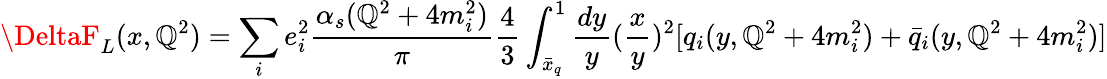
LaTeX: \DeltaF_{L}(x,\mathbb{Q}^{2})=\sum_{i}e_{i}^{2}\frac{{\alpha_{s}(\mathbb{Q}^{2}+4m_{i}^{2})}}{{\pi}}\frac{{4}}{{3}}\int_{\bar{{x}}_{q}}^{1}\frac{{dy}}{{y}}(\frac{{x}}{{y}})^{2}[q_{i}(y,\mathbb{Q}^{2}+4m_{i}^{2})+\bar{{q}}_{i}(y,\mathbb{Q}^{2}+4m_{i}^{2})]